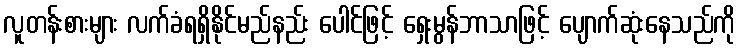
လူတန်းစားများ လက်ခံရရှိနိုင်မည်နည်း ပေါင်ဖြင့် ရှေးမွန်ဘာသာဖြင့် ပျောက်ဆုံးနေသည်ကို